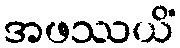
အဖဿယိံ